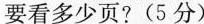
要看多少页?(5分